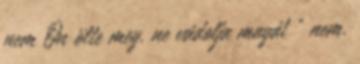
nem Ön ölte meg. ne vádolja magát " nem.